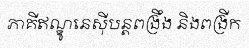
ភាគីឥណ្ឌូនេស៊ីបន្តពង្រឹង និងពង្រីក